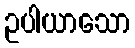
ဥပါယာသော